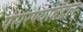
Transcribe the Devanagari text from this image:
पसरण्याबद्दल